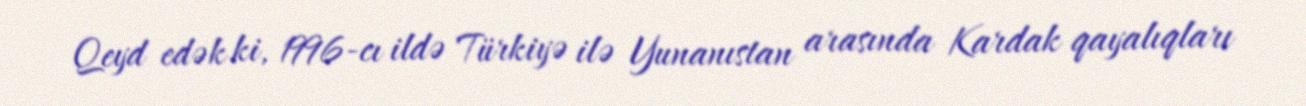
Qeyd edək ki, 1996-cı ildə Türkiyə ilə Yunanıstan arasında Kardak qayalıqları